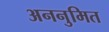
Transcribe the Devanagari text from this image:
अननुमित